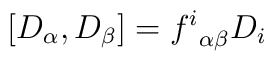
[D_\alpha,D_\beta]={f^i}_{\alpha\beta} D_i